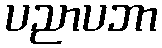
ပညာပဘာ